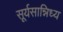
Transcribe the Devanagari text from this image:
सूर्यसान्निध्य